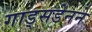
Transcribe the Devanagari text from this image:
गाड्सडेनने